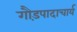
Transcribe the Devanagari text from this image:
गौड़पादाचार्य